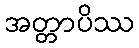
အတ္တာပိဿ